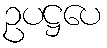
ဥပဋ္ဌပေ